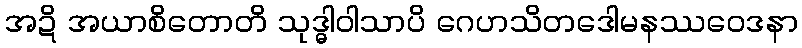
အဍိ အယာစိတောတိ သုဒ္ဓါဝါသာပိ ဂေဟသိတဒေါမနဿဝေဒနာ